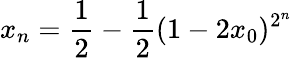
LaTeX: x_{n}={\frac{1}{2}}-{\frac{1}{2}}(1-2x_{0})^{2^{n}}